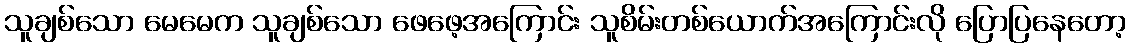
သူချစ်သော မေမေက သူချစ်သော ဖေဖေ့အကြောင်း သူစိမ်းတစ်ယောက်အကြောင်းလို ပြောပြနေတော့